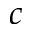
c